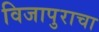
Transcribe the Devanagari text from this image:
विजापुराचा